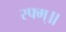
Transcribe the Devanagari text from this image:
स्फ्म्॥